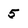
Character: 5